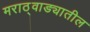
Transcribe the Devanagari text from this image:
मराठ्वाड्यातील